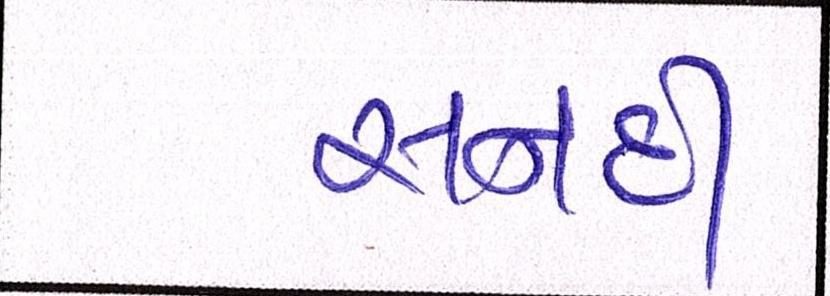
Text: સનદી